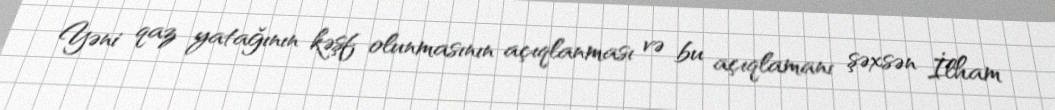
Yəni qaz yatağının kəşf olunmasının açıqlanması və bu açıqlamanı şəxsən İlham